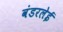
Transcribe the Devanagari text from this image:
वंडरलेई